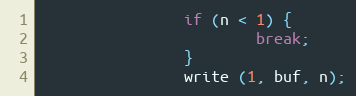
Language: C
                if (n < 1) {
                        break;
                }
                write (1, buf, n);